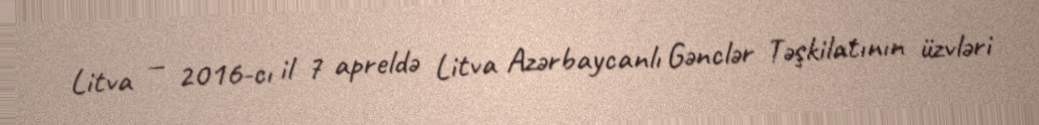
Litva — 2016-cı il 7 apreldə Litva Azərbaycanlı Gənclər Təşkilatının üzvləri